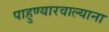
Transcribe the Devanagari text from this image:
पाहुण्यारवाल्याना